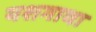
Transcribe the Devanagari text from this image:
यशगाथा